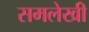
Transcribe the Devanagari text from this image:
समलेखी